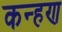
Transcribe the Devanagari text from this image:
कन्हण